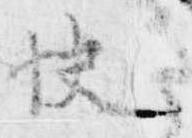
快